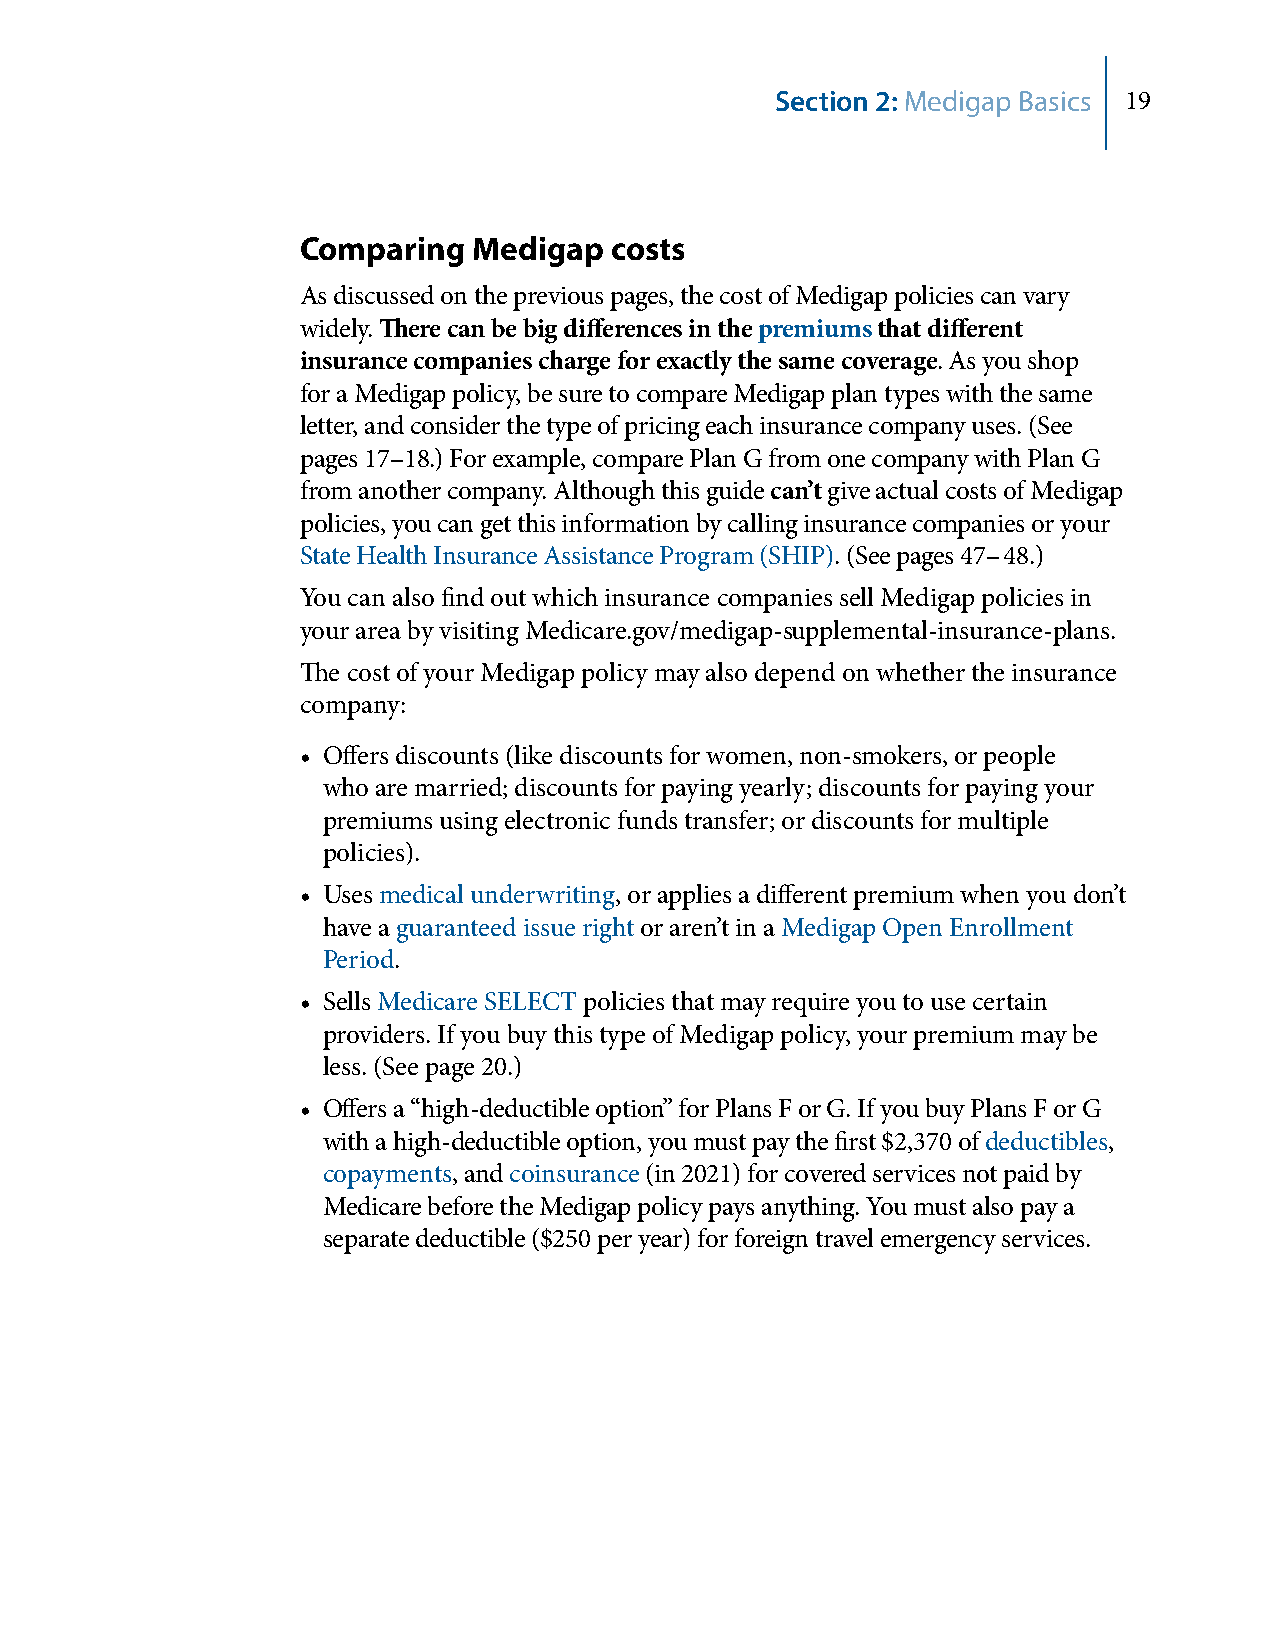
Section 2: Medigap Basics 19
 Comparing  Medigap  costs
 As discussed on the previous pages, the cost of Medigap policies can vary
 widely. There can be big differences in the premiums that different
 insurance companies charge for exactly the same coverage. As you shop
 for a Medigap policy, be sure to compare Medigap plan types with the same
 letter, and consider the type of pricing each insurance company uses. (See
 pages 17–18.) For example, compare Plan G from one company with Plan G
 from another company. Although this guide can’t give actual costs of Medigap
 policies, you can get this information by calling insurance companies or your
 State Health Insurance Assistance Program (SHIP). (See pages 47– 48.)
 You can also find out which insurance companies sell Medigap policies in
 your area by visiting Medicare.gov/medigap‑supplemental‑insurance‑plans.
 The cost of your Medigap policy may also depend on whether the insurance
 company:
 • Offers discounts (like discounts for women, non‑smokers, or people
 who are married; discounts for paying yearly; discounts for paying your
 premiums using electronic funds transfer; or discounts for multiple
 policies).
 • Uses medical underwriting, or applies a different premium when you don’t
 have a guaranteed issue right or aren’t in a Medigap Open Enrollment
 Period.
 • Sells Medicare SELECT policies that may require you to use certain
 providers. If you buy this type of Medigap policy, your premium may be
 less. (See page 20.)
 • Offers a “high‑deductible option” for Plans F or G. If you buy Plans F or G
 with a high‑deductible option, you must pay the first $2,370 of deductibles,
 copayments, and coinsurance (in 2021) for covered services not paid by
 Medicare before the Medigap policy pays anything. You must also pay a
 separate deductible ($250 per year) for foreign travel emergency services.